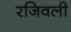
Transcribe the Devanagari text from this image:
रजिवली